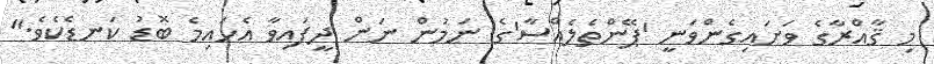
މި ޤާއްރާގެ ވަށައިގެންވަނީ 'ޕޭންތެލެއްސާ'ގެ ނަމުން ނަން ދީފައިވާ އެހައިމެ ބޮޑު ކަނޑެކެވެ."